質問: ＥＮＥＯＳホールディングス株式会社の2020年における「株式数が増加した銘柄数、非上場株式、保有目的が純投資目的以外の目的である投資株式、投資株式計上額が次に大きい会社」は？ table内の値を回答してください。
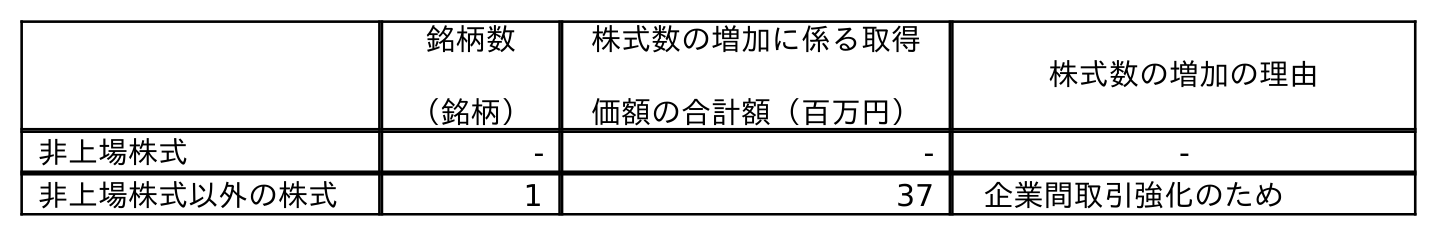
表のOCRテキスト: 銘柄数 （銘柄） 株式数の増加に係る取得 価額の合計額（百万円） 株式数の増加の理由 非上場株式 - - - 非上場株式以外の株式 1 37 企業間取引強化のため
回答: -